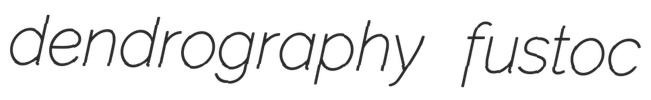
dendrography fustoc